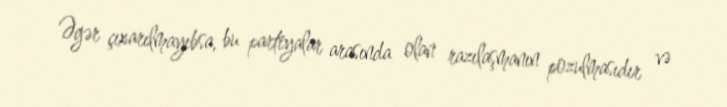
Əgər çıxarılmayıbsa, bu partiyalar arasında olan razılaşmanın pozulmasıdır və